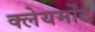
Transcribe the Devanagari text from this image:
क्लेयर्मोंट